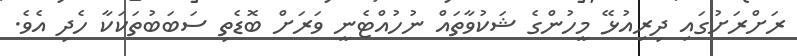
ރަށްރަށުގައި ދިރިއުޅޭ މީހުންގެ ޝަކުވާތައް ނުހުއްޓެނީ ވަރަށް ބޮޑެތި ސަބަބުތަކަކާ ހެދި އެވެ.